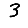
Digit: 3